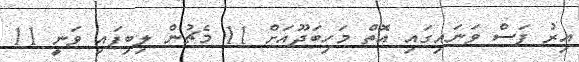
އިރު ފަސް ވަނައިގައި އޮތް މަހިބަދޫއަށް 11 މެޗުން ލިބިފައި ވަނީ 11